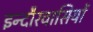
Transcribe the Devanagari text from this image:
इन्दौरवासियों